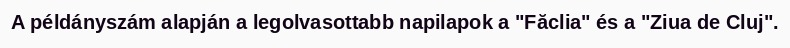
A példányszám alapján a legolvasottabb napilapok a "Făclia" és a "Ziua de Cluj".